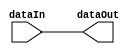
module scalarRegister (
input [31:0] dataIn,
output reg [31:0] dataOut
    );
	 
	 always @(dataIn)
		begin
			dataOut = dataIn;
		end

		
endmodule